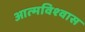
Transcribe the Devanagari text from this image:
आत्‍मविश्‍वास